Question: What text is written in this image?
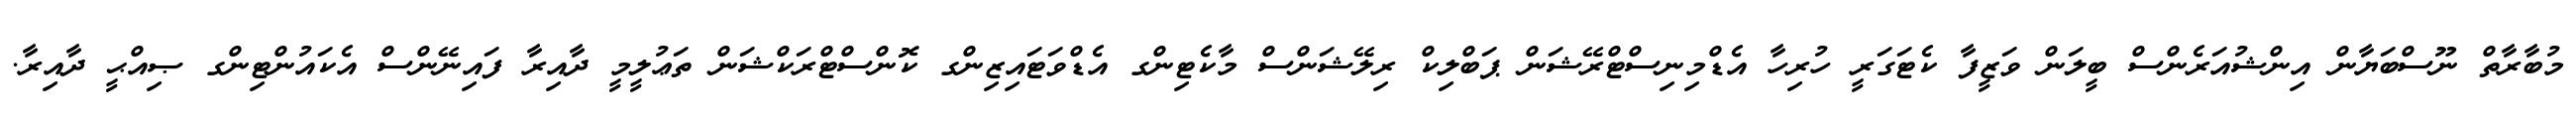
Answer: މުބާރާތް ނޫސްބަޔާން އިންޝުއަރެންސް ބީލަން ވަޒީފާ ކެޓަގަރީ ހުރިހާ އެޑްމިނިސްޓްރޭޝަން ޕަބްލިކް ރިލޭޝަންސް މާކެޓިންގ އެޑްވަޓައިޒިންގ ކޮންސްޓްރަކްޝަން ތަޢުލީމީ ދާއިރާ ފައިނޭންސް އެކައުންޓިންގ ޞިއްޙީ ދާއިރާ.